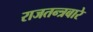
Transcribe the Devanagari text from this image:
राजतन्त्रबारे